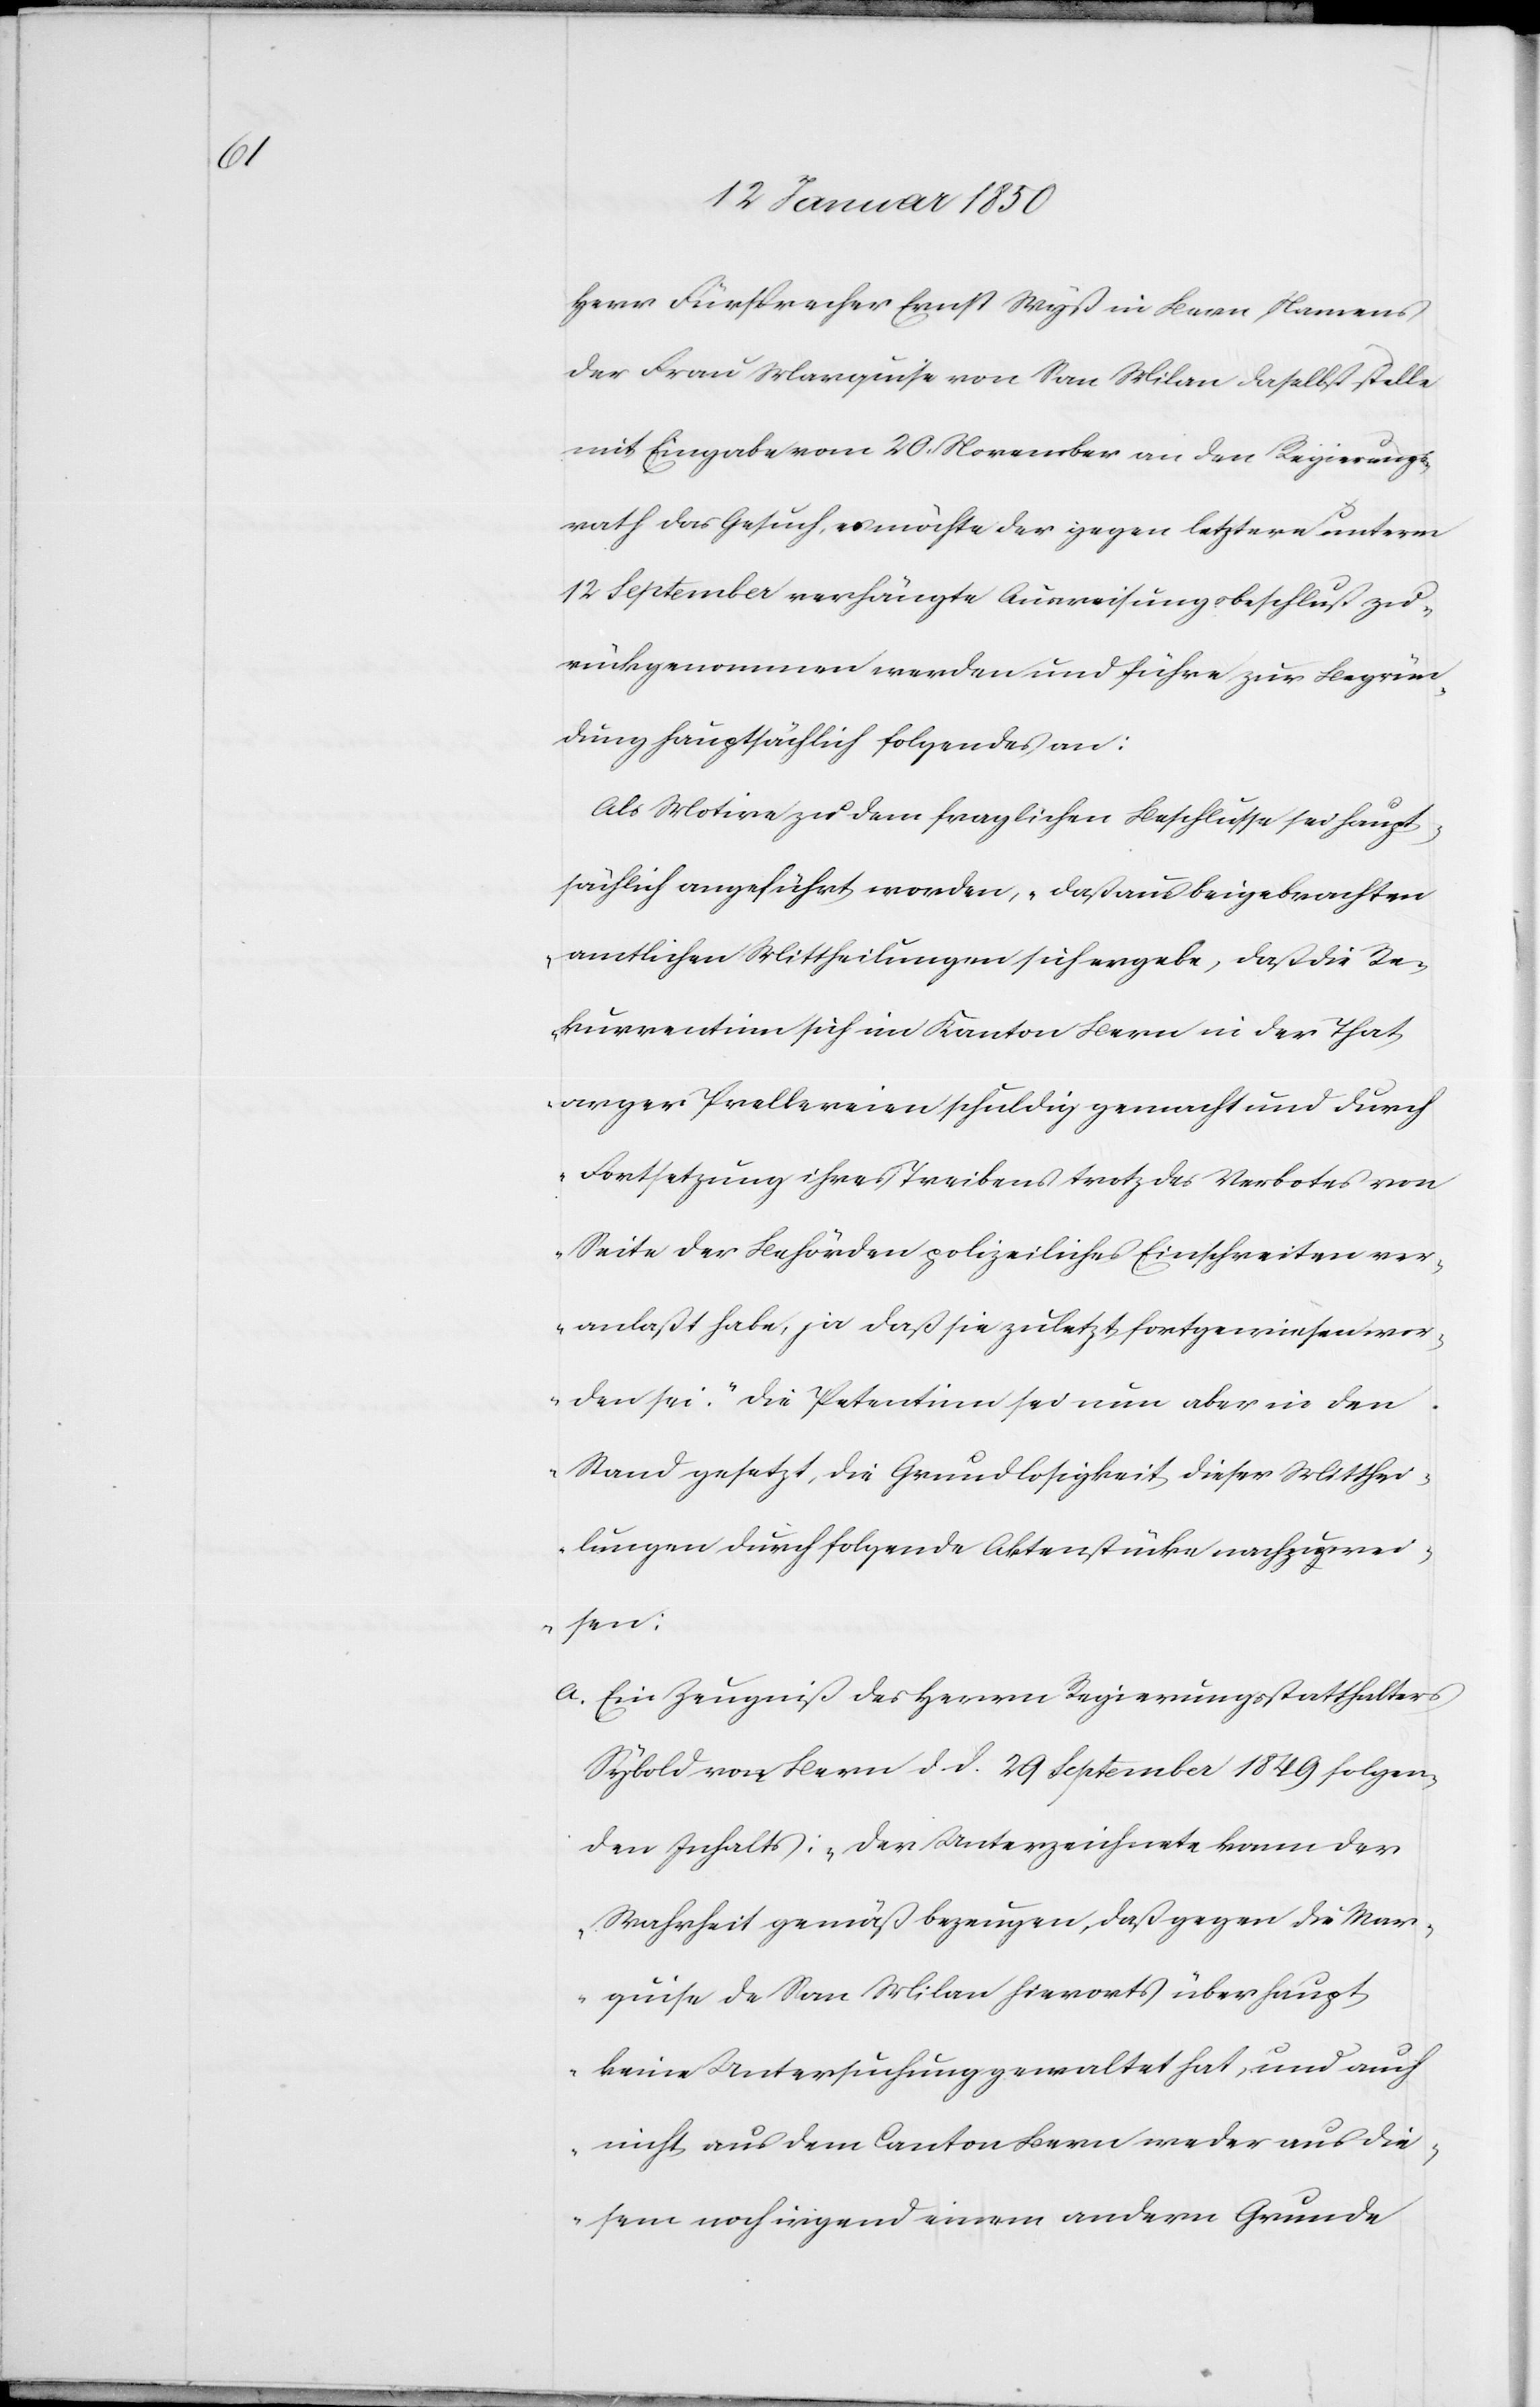
Herr Fürsprecher Ernst Wyß in Bern, Namens
der Frau Marquise von San Milan daselbst stelle
mit Eingabe vom 20. November an den Regierungs¬
rath das Gesuch, möchte der gegen letztern unterm
12 September verhängte Ausweisungsbeschluß zu¬
rückgenommen werden und führe zur Begrün¬
dung hauptsächlich folgendes an:
Als Motive zu dem fraglichen Beschlusse sei haupt¬
sächlich angeführt worden, „daß aus Beigebrachten
amtlichen Mittheilungen sich ergebe, daß die Re¬
kurrentinn sich im Kanton Bern in der That
arger Prellereien schuldig gemacht und durch
Fortsetzung ihres Treibens trotz des Verbotes von
Seite der Behörden polizeiliches Einschreiten ver¬
anlaßt habe, ja daß sie zuletzt fortgewiesen wor¬
den sei.“ Die Petentinn sei nun aber in den
Stand gesetzt, die Grundlosigkeit dieser Mitthei¬
lungen durch folgende Aktenstücke nachzuwei¬
sen.“
a. Ein Zeugniß des Herrn Regierungsstatthalters
Sybold von Bern d. d. 29 September 1849 folgen¬
den Inhalts: „Der Unterzeichnete kann der
Wahrheit gemäß bezeugen, daß gegen die Mar¬
quise de San Milan Hierorts überhaupt
keine Untersuchung gewaltet hat, und auch
nicht aus dem Canton Bern weder aus die¬
sem noch irgend einem andern Grunde